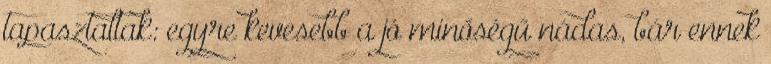
tapasztaltak: egyre kevesebb a jó minőségű nádas, bár ennek